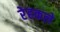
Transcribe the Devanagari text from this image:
रेहकले